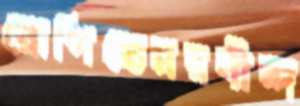
রোপিতেনরবীন্দ